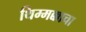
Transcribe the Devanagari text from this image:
थिम्मक्काचा